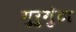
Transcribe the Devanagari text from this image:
गुरुगुंटा